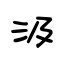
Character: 汲